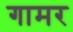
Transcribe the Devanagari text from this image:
गामर